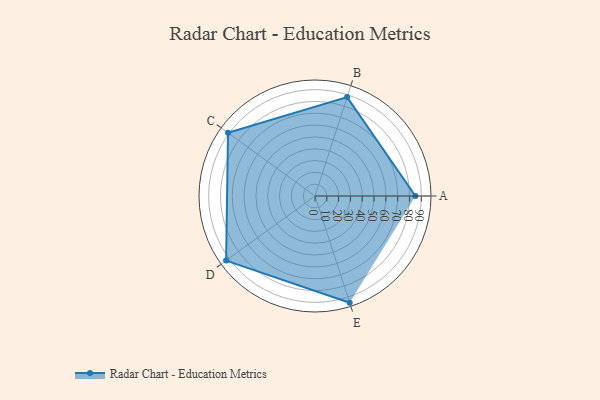
{"axis": {"x": "Skill", "y": "Score"}, "legend": ["Profile"], "data": [{"x": "A", "y": 85.0, "type": "Profile"}, {"x": "B", "y": 88.0, "type": "Profile"}, {"x": "C", "y": 91.0, "type": "Profile"}, {"x": "D", "y": 93.0, "type": "Profile"}, {"x": "E", "y": 95.0, "type": "Profile"}]}